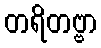
တရိတဗ္ဗာ